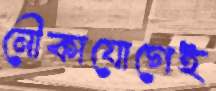
নৌকাযোগেই